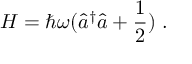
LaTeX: H = \hbar \omega ( { \hat { a } } ^ { \dagger } { \hat { a } } + { \frac { 1 } { 2 } } ) ~ .